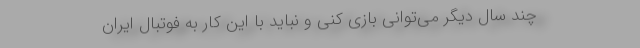
چند سال دیگر می‌توانی بازی کنی و نباید با این کار به فوتبال ایران